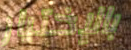
بالإختيار